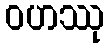
ဝဟဿု